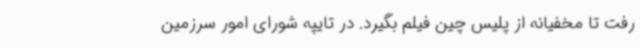
رفت تا مخفیانه از پلیس چین فیلم بگیرد. در تایپه شورای امور سرزمین